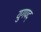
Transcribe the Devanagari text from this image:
युगपद्